Report of the Municipal Commissioner on the plague in Bombay for the year ending 31st May... - Volume 2
Disease focus: Plague
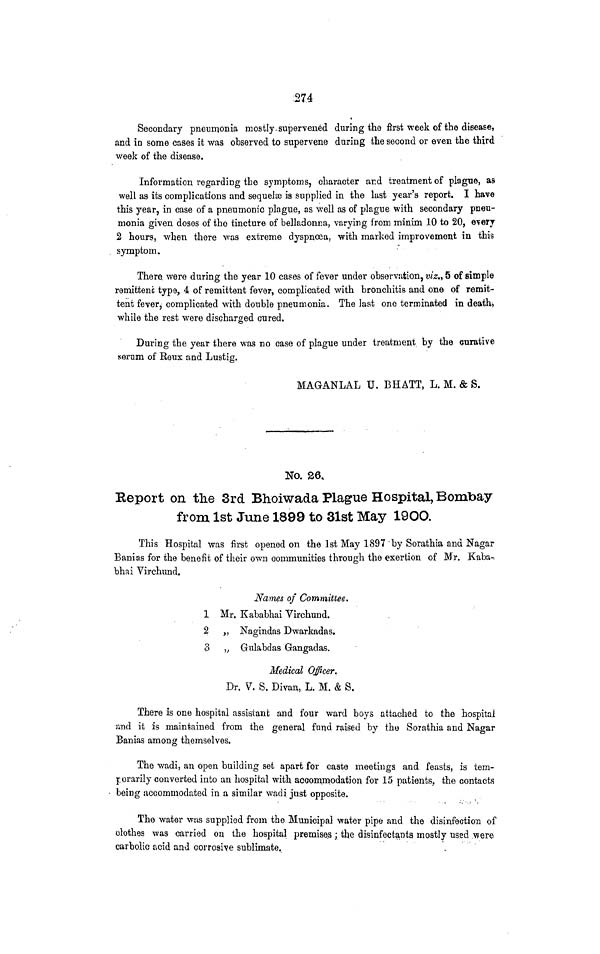
,274
Secondary pneumonia mostly, supervened during the first week of the disease,
and in some cases it was observed to supervene during the second or even the third
week of the disease.
Information regarding the symptoms, character ar.d treatment of plague, as
well as its complications and sequeJse is supplied in the last year's report. I have
this year, in case of a pneumonic plague, as well as of plague with secondary pneu-
monia given dosos of the tincture of belladonna, varying from minim 10 to 20, every
2 hours, when there was extreme dyspnoea, with marked improvement in this
symptom.
There, were during the year 10 cases of fever under observation, viz., 5 of simple
remittenc type, 4 of remittent fever, complicated with bronchitis and one of remit-
tent fever^ complicated with double pneumonia. The last one terminated in death*
while the rest were discharged cured.
During the year there was no case of plague under treatment by the curative
serum of Reux and Lustig.
MAGANLAL U. BHATT, L. M. & S.
No. 26,
Report on the 3rd Bhoiwada Plague Hospital, Bombay
from 1st June 1899 to 31st May 19OO.
This Hospital was first opened on the 1st May 1897 by Sorathia and Nagar
Banias for the benefit of their own communities through the exertion of Mr. Kaba-.
bhai Virchund.
Names of Committee.
1 Mr. Kababhai Virchund.
2 ,, Nagindas Dwarkadas.
3 » Gulabdas Gangadas.
Medical Officer.
Dr. ?. S. Divan, L. M. & S.
There is one hospital assistant and four ward boys attached to the hospital
svad it is maintained from the general fund raised by the Sorathia and Nagar
Banias among themselves.
The wadi, an open building set apart for caste meetings and feasts, is tem-
porarily converted into an hospital with accommodation for 15 patients, the contacts
being accommodated in a similar wadi just opposite.
The water was supplied from the Municipal water pipe and the disinfection of
clothes was carried on the hospital premises ; the disinfectants mostly used .were
carbolic acid and corrosive sublimate.